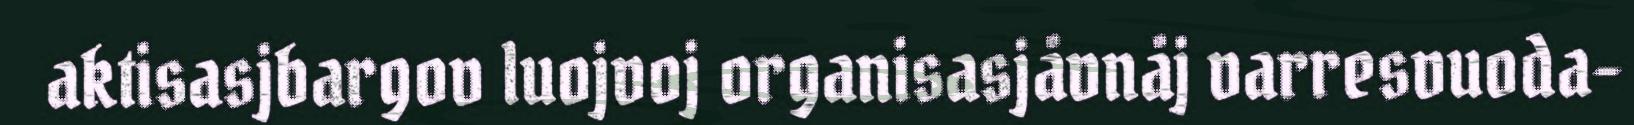
aktisasjbargov luojvoj organisasjåvnåj varresvuoda-